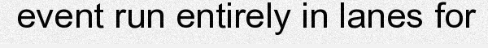
event run entirely in lanes for